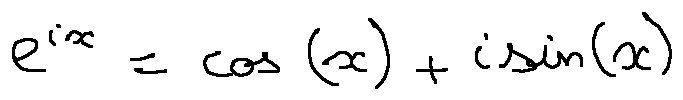
e ^ { i x } = \cos ( x ) + i \sin ( x )